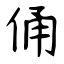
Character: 俑